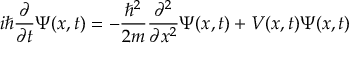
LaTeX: i \hbar { \frac { \partial } { \partial t } } \Psi ( x , t ) = - { \frac { \hbar ^ { 2 } } { 2 m } } { \frac { \partial ^ { 2 } } { \partial x ^ { 2 } } } \Psi ( x , t ) + V ( x , t ) \Psi ( x , t )